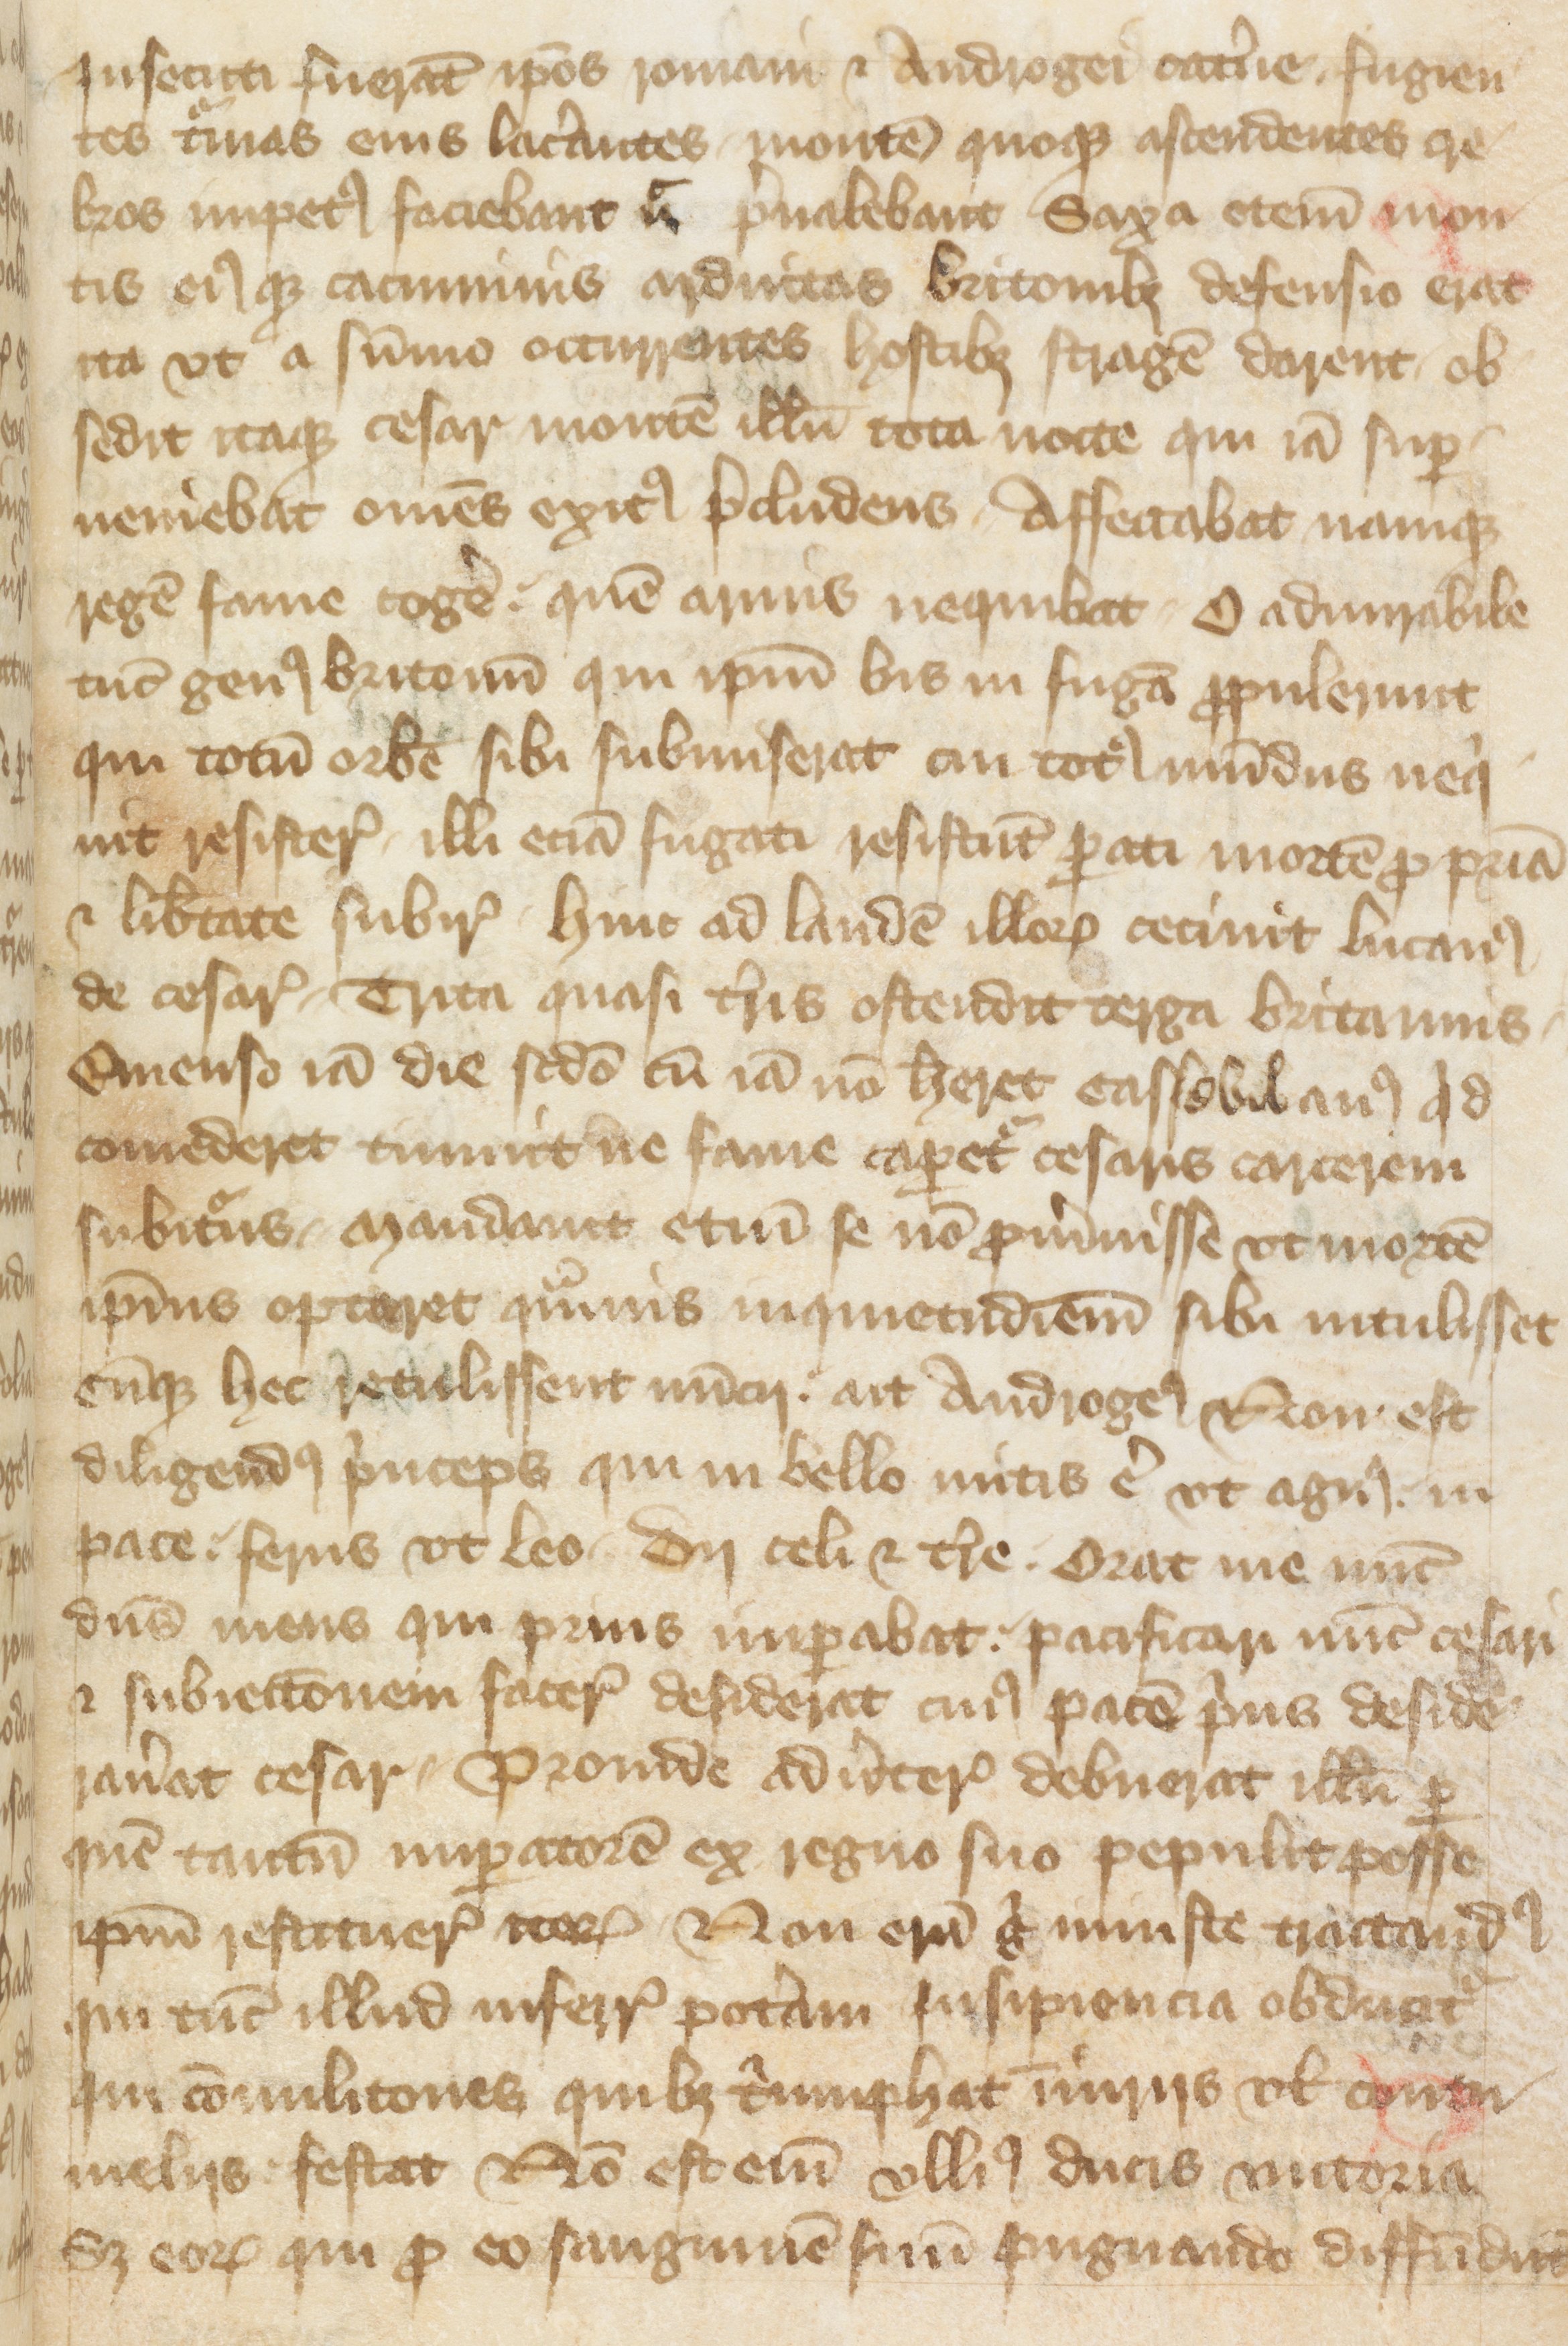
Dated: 1400–1499